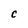
Character: C